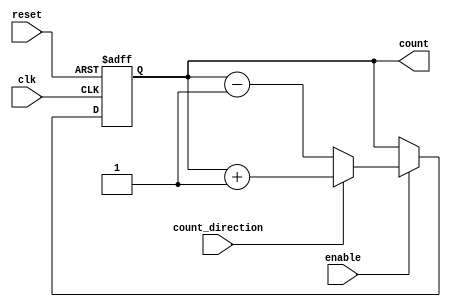
module ChainedParallelCounter (
    input wire clk,             // Clock signal
    input wire reset,           // Synchronous reset signal
    input wire enable,          // Enable signal
    input wire count_direction, // Count direction: 1 for up, 0 for down
    output reg [N-1:0] count    // Counter output (N-bit)
);
    parameter N = 4; // Number of bits for the counter

    // Chained configuration
    // Flip-flops for chained counting
    reg [N-1:0] ff_chain;

    always @(posedge clk or posedge reset) begin
        if (reset) begin
            ff_chain <= 0; // Reset the counter to zero
        end else if (enable) begin
            if (count_direction) begin
                // Count up
                ff_chain <= ff_chain + 1;
            end else begin
                // Count down
                ff_chain <= ff_chain - 1;
            end
        end
    end

    // Assign the output
    always @(*) begin
        count = ff_chain;
    end

endmodule